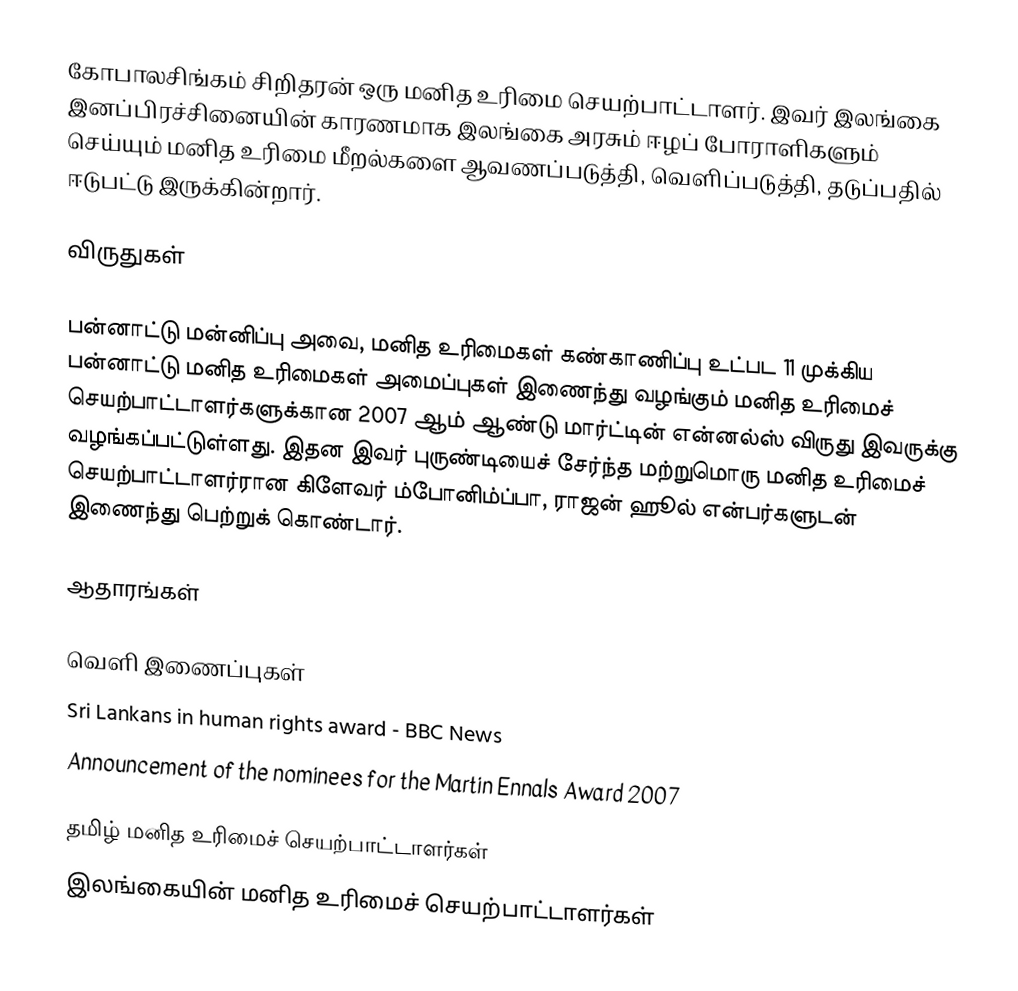
கோபாலசிங்கம் சிறிதரன் ஒரு மனித உரிமை செயற்பாட்டாளர்.  இவர் இலங்கை இனப்பிரச்சினையின் காரணமாக இலங்கை அரசும் ஈழப் போராளிகளும் செய்யும் மனித உரிமை மீறல்களை ஆவணப்படுத்தி, வெளிப்படுத்தி, தடுப்பதில் ஈடுபட்டு இருக்கின்றார்.

விருதுகள்

பன்னாட்டு மன்னிப்பு அவை, மனித உரிமைகள் கண்காணிப்பு உட்பட 11 முக்கிய பன்னாட்டு மனித உரிமைகள் அமைப்புகள் இணைந்து வழங்கும்   மனித உரிமைச் செயற்பாட்டாளர்களுக்கான 2007 ஆம் ஆண்டு மார்ட்டின் என்னல்ஸ் விருது இவருக்கு வழங்கப்பட்டுள்ளது. இதன இவர் புருண்டியைச் சேர்ந்த மற்றுமொரு மனித உரிமைச் செயற்பாட்டாளர்ரான கிளேவர் ம்போனிம்ப்பா,  ராஜன் ஹூல் என்பர்களுடன் இணைந்து பெற்றுக் கொண்டார்.

ஆதாரங்கள்

வெளி இணைப்புகள்
 Sri Lankans in human rights award -  BBC News
 Announcement of the nominees for the Martin Ennals Award 2007

தமிழ் மனித உரிமைச் செயற்பாட்டாளர்கள்
இலங்கையின் மனித உரிமைச் செயற்பாட்டாளர்கள்